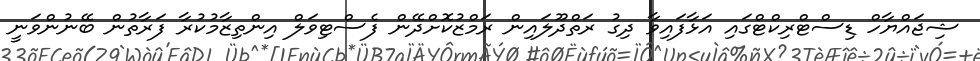
ޝިޖައްޔާހް ޑިސްޓްރިކްޓްގައި އަޅާފައިވާ ދިގު ރަތްދޫލައިން ރަމްޒުކޮށްދޭން ފެސްޓިވަލް އިންތިޒާމުކުރާ ފަރާތުން ބޭނުންވަނީ